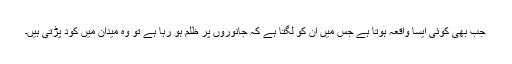
جب بھی کوئی ایسا واقعہ ہوتا ہے جس میں ان کو لگتا ہے کہ جانوروں پر ظلم ہو رہا ہے تو وہ میدان میں کود پڑتی ہیں۔